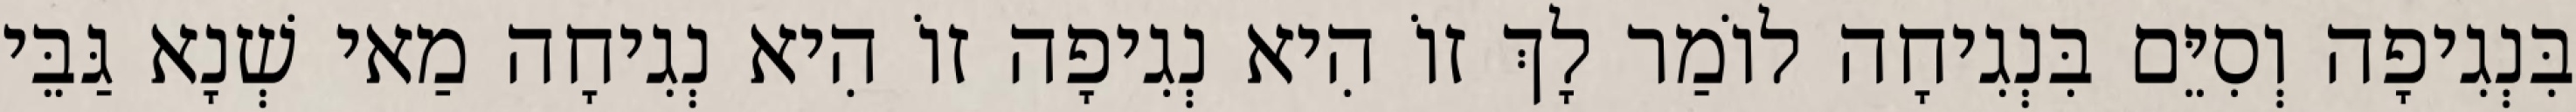
בִּנְגִיפָה וְסִיֵּם בִּנְגִיחָה לוֹמַר לָךְ זוֹ הִיא נְגִיפָה זוֹ הִיא נְגִיחָה מַאי שְׁנָא גַּבֵּי